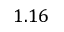
1 . 1 6